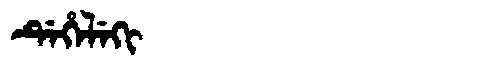
Manchu: ᡩᡝᡥᡝᠯᡝᡴᡳ
Romanization: DEHELEKI